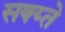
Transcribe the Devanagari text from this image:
सक्य्ते